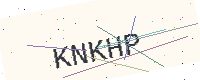
Text: KNKHP